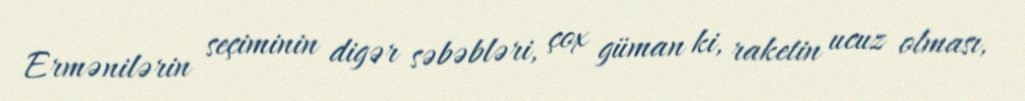
Ermənilərin seçiminin digər səbəbləri, çox güman ki, raketin ucuz olması,